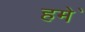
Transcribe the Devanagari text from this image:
हमे॑